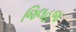
જિલહજ